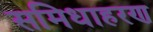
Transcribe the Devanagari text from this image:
समिधाहरण